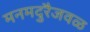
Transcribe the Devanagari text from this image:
मनमदुरैजवळ